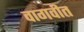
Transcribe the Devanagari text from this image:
वागवीत